Madras plague regulations and rules - Volume 2
Disease focus: Plague
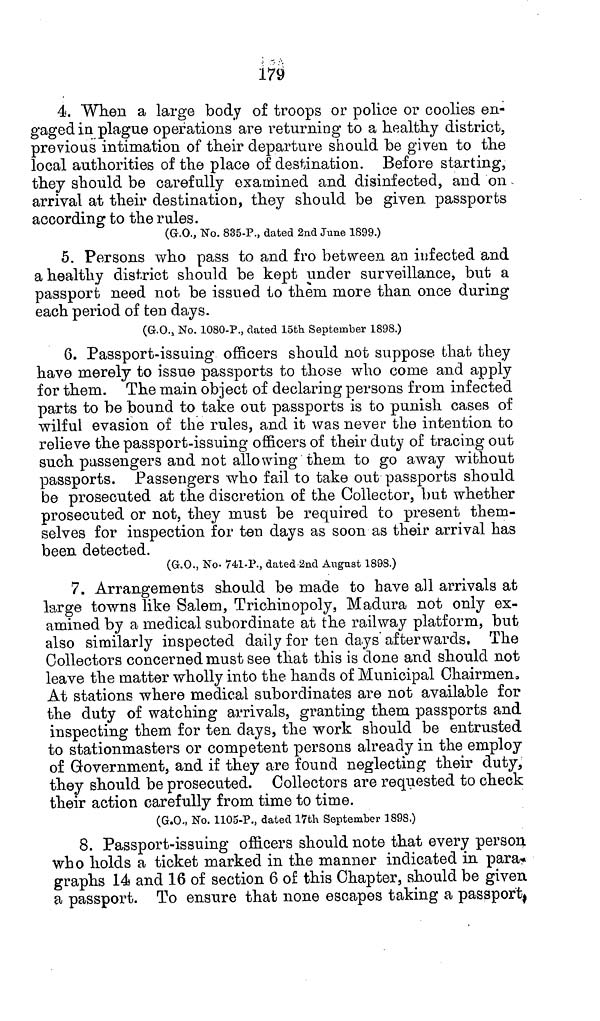
179
4. When a large body of troops or police or coolies en-
gaged in plague operations are returning to a healthy district,
previous intimation of their departure should be given to the
local authorities of the place of destination. Before starting,
they should be carefully examined and disinfected, and on.
arrival at their destination, they should be given passports
according to the rules.
(G.O., No. 835-P., dated 2nd June 1899.)
5. Persons who pass to and fro between an infected and
a healthy district should be kept under surveillance, but a
passport need not be issued to them more than once during
each period of ten days.
(G.O., No. 1080-P., dated 15th September 1898.)
6. Passport-issuing officers should not suppose that they
have merely to issue passports to those who come and apply
for them. The main object of declaring persons from infected
parts to be bound to take out passports is to punish cases of
wilful evasion of the rules, and it was never the intention to
relieve the passport-issuing officers of their duty of tracing out
such passengers and not allowing them to go away without
passports. Passengers who fail to take out passports should
be prosecuted at the discretion of the Collector, but whether
prosecuted or not, they must be required to present them-
selves for inspection for ten days as soon as their arrival has
been detected.
(G.O., No. 741-P., dated 2nd August 1898.)
7. Arrangements should be made to have all arrivals at
large towns like Salem, Trichinopoly, Madura not only ex-
amined by a medical subordinate at the railway platform, but
also similarly inspected daily for ten days afterwards. The
Collectors concerned must see that this is done and should not
leave the matter wholly into the hands of Municipal Chairmen.
At stations where medical subordinates are not available for
the duty of watching arrivals, granting them passports and
inspecting them for ten days, the work should be entrusted
to stationmasters or competent persons already in the employ
of Government, and if they are found neglecting their duty,
they should be prosecuted. Collectors are requested to check
their action carefully from time to time.
(G.O., No. 1105-P., dated 17th September 1898.)
8. Passport-issuing officers should note that every person
who holds a ticket marked in the manner indicated in para*
graphs 14 and 16 of section 6 of this Chapter, should be given
a passport. To ensure that none escapes taking a passport,